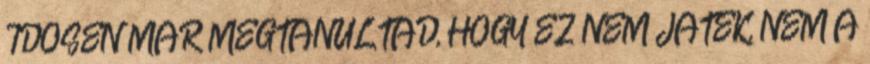
IDŐSEN MÁR MEGTANULTAD, HOGY EZ NEM JÁTÉK, NEM A